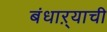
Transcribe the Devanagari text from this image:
बंधाऱ्याची